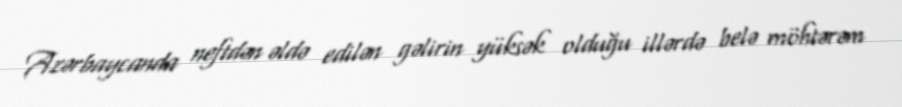
Azərbaycanda neftdən əldə edilən gəlirin yüksək olduğu illərdə belə möhtərəm